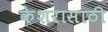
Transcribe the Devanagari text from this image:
केशरासाठी